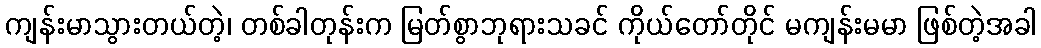
ကျန်းမာသွားတယ်တဲ့၊ တစ်ခါတုန်းက မြတ်စွာဘုရားသခင် ကိုယ်တော်တိုင် မကျန်းမမာ ဖြစ်တဲ့အခါ